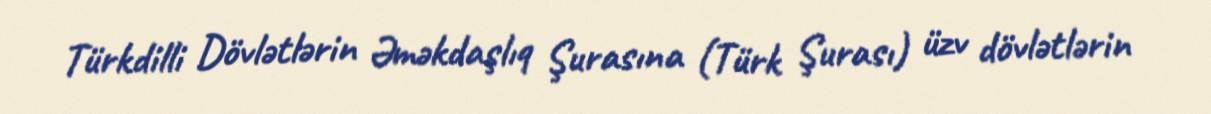
Türkdilli Dövlətlərin Əməkdaşlıq Şurasına (Türk Şurası) üzv dövlətlərin